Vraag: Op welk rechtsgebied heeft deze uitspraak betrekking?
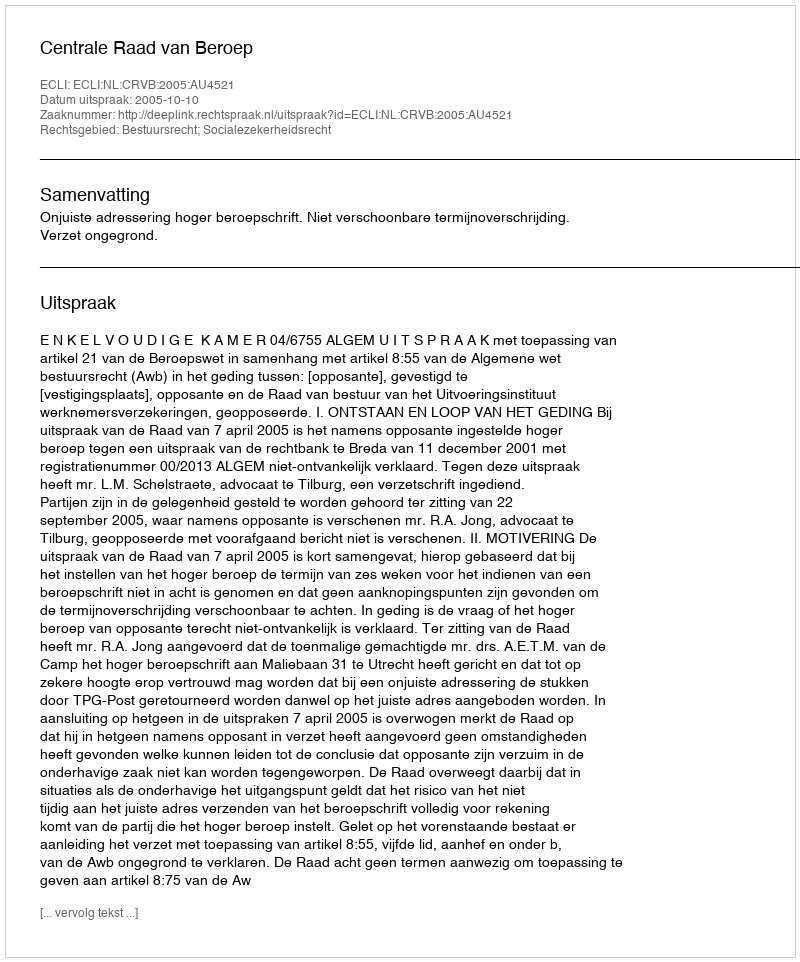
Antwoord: Bestuursrecht; Socialezekerheidsrecht